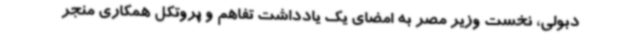
دبولی، نخست وزیر مصر به امضای یک یادداشت تفاهم و پروتکل همکاری منجر